Civil Veterinary Dept. Bombay admin report 1932-41 - 1932-1941
Year: 1932
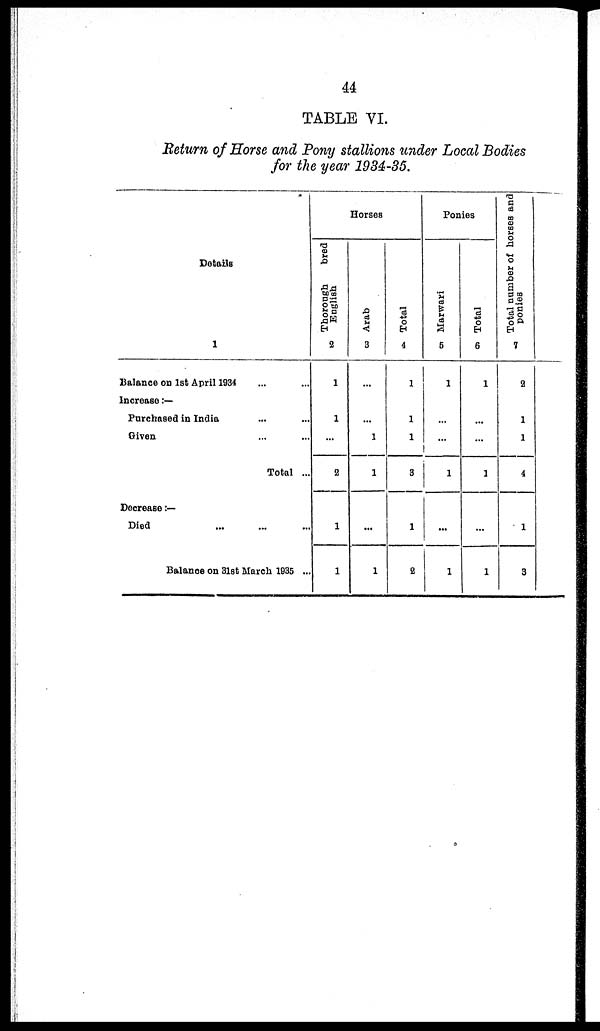
44
TABLE VI.
Return of Horse and Pony stallions under Local Bodies
for the year 1934-35.
Details
1
Balance on 1st April 1934 ... ...
Increase :—
Purchased in India ... ...
Given ... ...
Total ...
Decrease :—
Died ... ... ...
Balance on 31st March 1935 ...
Horses
Thorough
bred
English
2
1
1
...
2
1
1
Arab
3
...
...
1
1
...
1
Total
4
1
1
1
3
1
2
Ponies
Marwari
5
1
...
...
1
...
1
Total
6
1
...
...
1
...
1
Total number of horses and
ponies
7
2
1
1
4
1
3